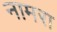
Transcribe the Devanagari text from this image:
नामरा